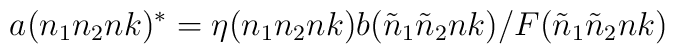
a(n_1n_2nk)^*=\eta(n_1n_2nk) b({\tilde n}_1{\tilde n}_2nk)/F({\tilde n}_1{\tilde n}_2nk)